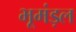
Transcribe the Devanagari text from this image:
भूमंड़ल